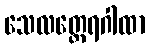
သေလတ္ထေရဂါထာ